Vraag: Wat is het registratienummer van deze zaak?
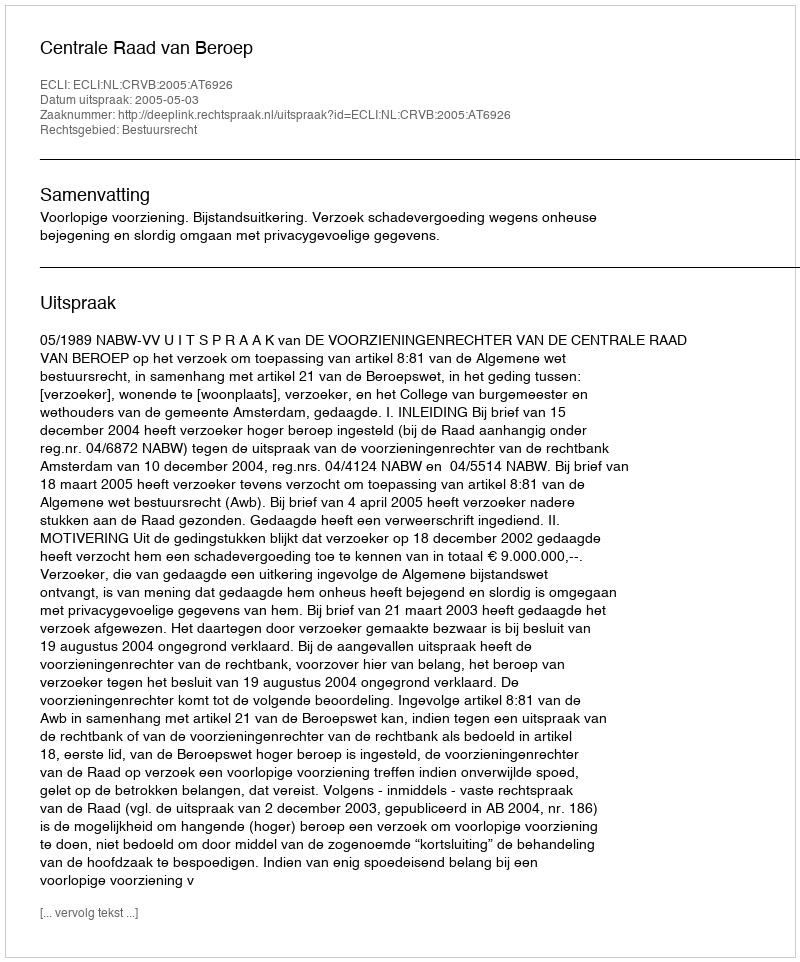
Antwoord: http://deeplink.rechtspraak.nl/uitspraak?id=ECLI:NL:CRVB:2005:AT6926